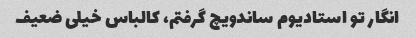
انگار تو استادیوم ساندویچ گرفتم، کالباس خیلی ضعیف